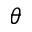
\theta